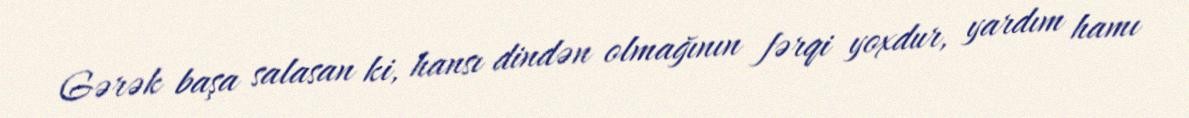
Gərək başa salasan ki, hansı dindən olmağının fərqi yoxdur, yardım hamı